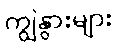
ကျွဲနွားများ